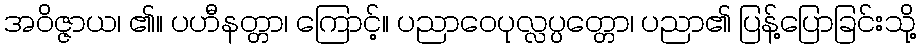
အဝိဇ္ဇာယ၊ ၏။ ပဟီနတ္တာ၊ ကြောင့်။ ပညာဝေပုလ္လပ္ပတ္တော၊ ပညာ၏ ပြန့်ပြောခြင်းသို့